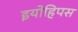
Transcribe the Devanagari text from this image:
इयोहिपस